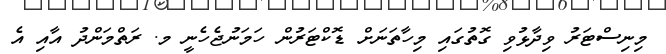
މިނިސްޓަރު ވިދާޅުވި ގޮތުގައި މިހާތަނަށް ޑޮކްޓަރުން ހަމަނުޖެހެނީ މ. ރަތްމަންދު އާއި އެ